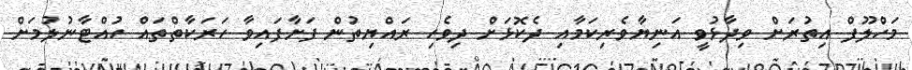
މަހްލޫފް އިތުރަށް ވިދާޅުވީ އަނިޔާވެރިކަމާއި ދެކޮޅަށް ދިވެހި ރައްޔިތުން ފަށާފައިވާ ހަރަކާތްތައް ހުއްޓާނުލުމަށް